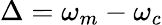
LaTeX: \Delta=\omega_{m}-\omega_{c}